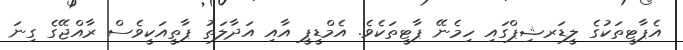
އެޕާޓީތަކުގެ ލީޑަރޝިޕްގައި ހިމެނޭ ޕާޓީތަކެވެ. އެމްޑީޕީ އާއި އަދާލަތު ޕާތީއަކީވެސް ރާއްޖޭގެ ގިނަ